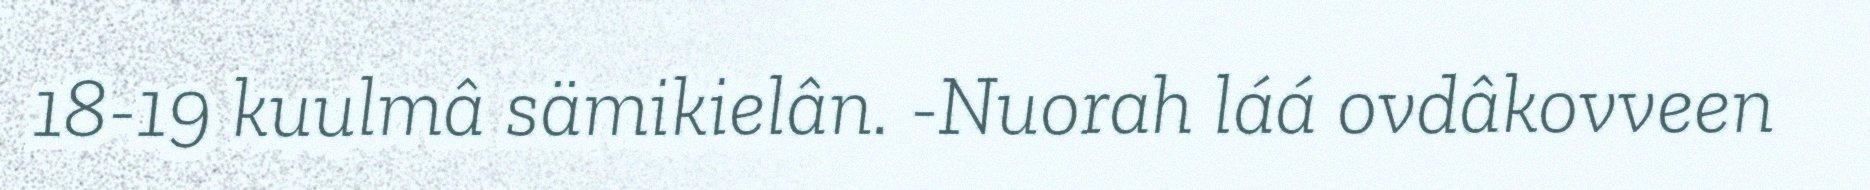
18-19 kuulmâ sämikielân. -Nuorah láá ovdâkovveen